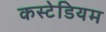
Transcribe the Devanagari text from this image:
कस्टेडियम